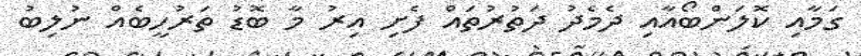
ގަމާއި ކޮލަންބޯއާއި ދެމެދު ދަތުރުތައް ފެށި އިރު މާ ބޮޑު ތަރުހީބެއް ނުލިބު